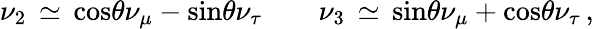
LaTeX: \nu_{2}\, \simeq\, \mathrm{cos}\theta\nu_{\mu}-\mathrm{sin}\theta\nu_{\tau}\qquad\nu_{3}\, \simeq\, \mathrm{sin}\theta\nu_{\mu}+\mathrm{cos}\theta\nu_{\tau}\, ,